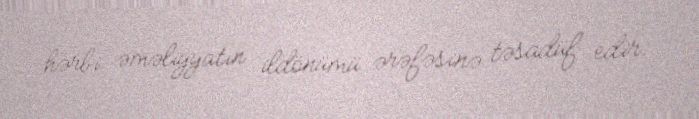
hərbi əməliyyatın ildönümü ərəfəsinə təsadüf edir.